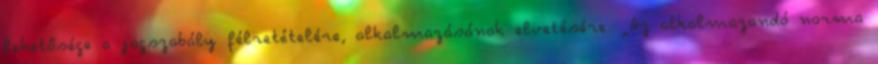
lehetősége a jogszabály félretételére, alkalmazásának elvetésére. „Az alkalmazandó norma